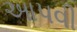
આ૫વી